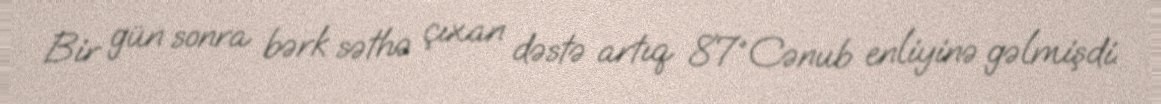
Bir gün sonra bərk səthə çıxan dəstə artıq 87°Cənub enliyinə gəlmişdi.